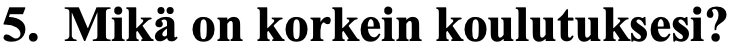
5. Mikä on korkein koulutuksesi?